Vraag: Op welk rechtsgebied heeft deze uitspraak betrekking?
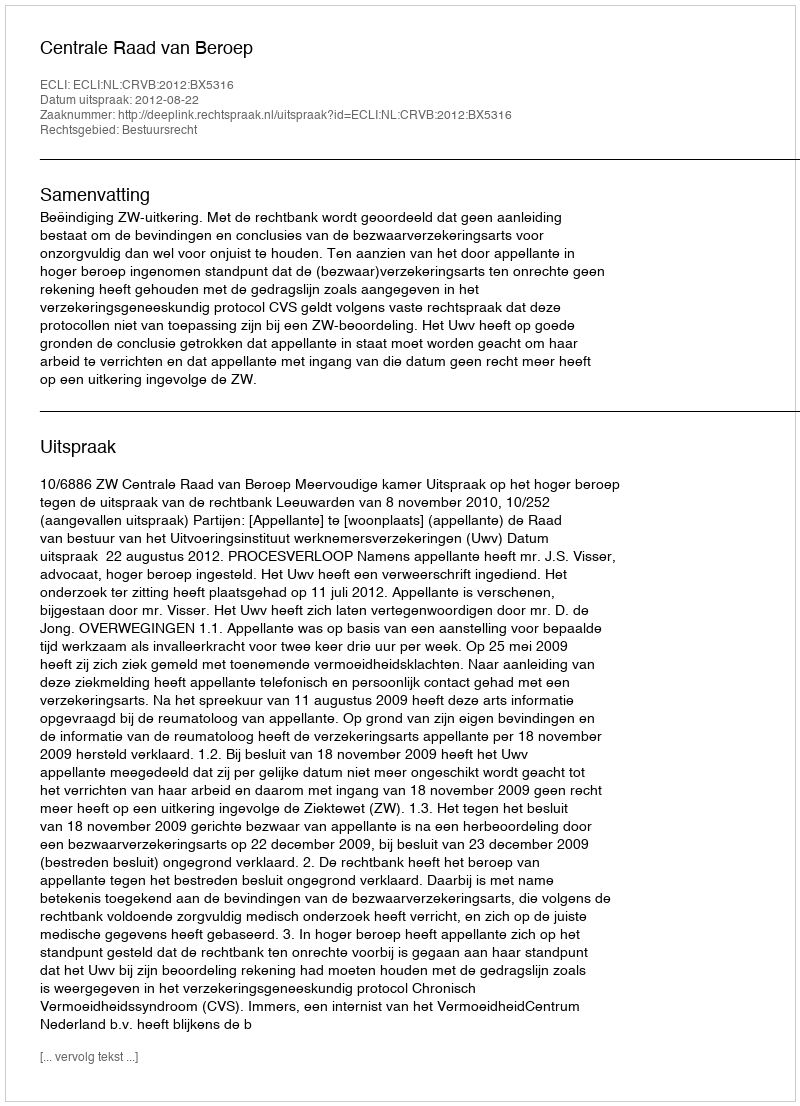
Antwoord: Bestuursrecht